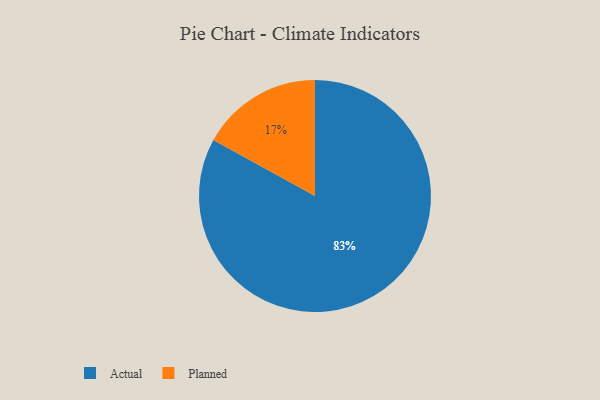
{"axis": {"x": "Category", "y": "Percentage"}, "legend": ["Actual", "Planned"], "data": [{"x": "Planned", "y": 17, "type": "Planned"}, {"x": "Actual", "y": 83, "type": "Actual"}]}